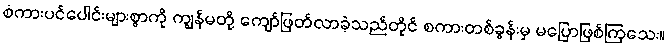
စံကားပင်ပေါင်းများစွာကို ကျွန်မတို့ ကျော်ဖြတ်လာခဲ့သည်တိုင် စကားတစ်ခွန်းမှ မပြောဖြစ်ကြသေး။